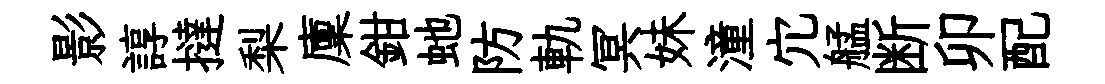
影諄撻梨廩鉗虵防軌冥妹潼宂艋断卯配